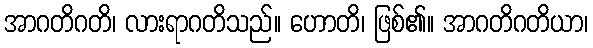
အာဂတိဂတိ၊ လားရာဂတိသည်။ ဟောတိ၊ ဖြစ်၏။ အာဂတိဂတိယာ၊